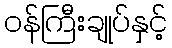
ဝန်ကြီးချုပ်နှင့်